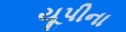
યૂપીના